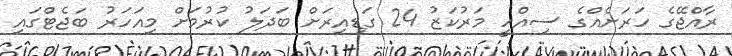
ރާއްޖޭގެ ހަރަށެއްގެ ސިއްހީ މަރުކަޒު 24 ގަޑިއިރަށް ބަދަލު ކުރުމަށް މިއަހަރު ބަޖެޓްގައި